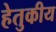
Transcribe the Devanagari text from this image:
हेतुकीय